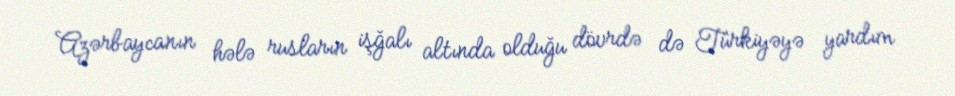
Azərbaycanın hələ rusların işğalı altında olduğu dövrdə də Türkiyəyə yardım